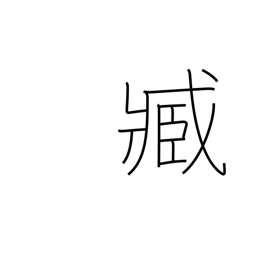
Meaning: servant